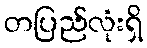
တပြည်လုံးရှိ